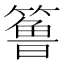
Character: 𱸧